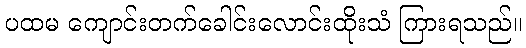
ပထမ ကျောင်းတက်ခေါင်းလောင်းထိုးသံ ကြားရသည်။